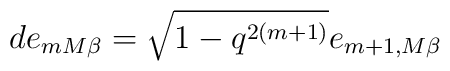
d e_{mM\beta}=\sqrt{1-q^{2(m+1)}}e_{m+1,M\beta}